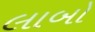
લાબો